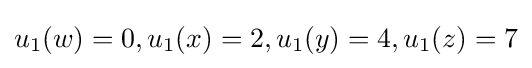
u_{1}(w)=0,u_{1}(x)=2,u_{1}(y)=4,u_{1}(z)=7